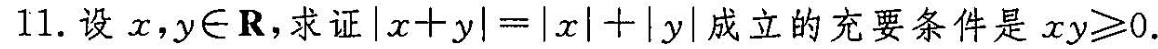
11.设 x，y \in R，求证$$| x + y | = | x | + | y |$$ 成立的充要条件是$$x y ≥ 0$$.